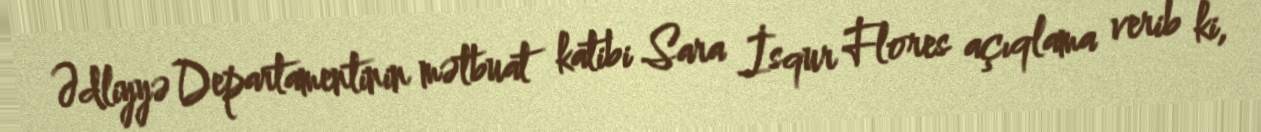
Ədliyyə Departamentinin mətbuat katibi Sara İsqur Flores açıqlama verib ki,